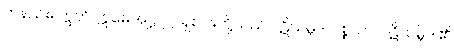
တနည်း။ ဣတိ ဣမေအဋ္ဌ၊ ဤရှစ်ပါးတို့သည် ပဋိသမ္ဘိဒါ ပစ္စယာ၊ ပဋိသမ္ဘိဒါ၏